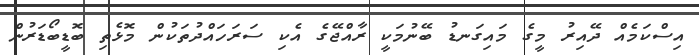
އިސްކަމެއް ދޭއިރު މީގެ މައިގަނޑު ބޭނުމަކީ ރާއްޖޭގެ އެކި ސަރަހައްދުތަކުން މޮޅެތި ބޮޑީބޯޑަރުން